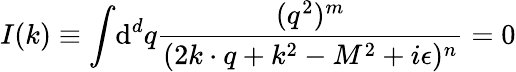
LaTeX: I(k)\equiv\int\! \mathrm{d}^{d}{q}{\frac{(q^{2})^{m}}{(2k\cdot q+k^{2}-M^{2}+i\epsilon)^{n}}}=0